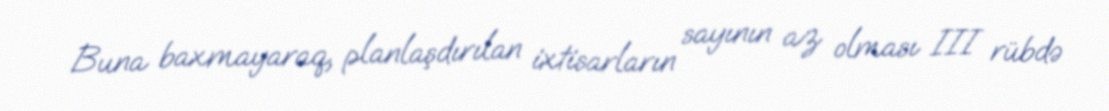
Buna baxmayaraq, planlaşdırılan ixtisarların sayının az olması III rübdə